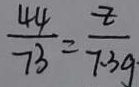
\frac { 4 4 } { 7 3 } = \frac { z } { 7 . 3 g \cdot }